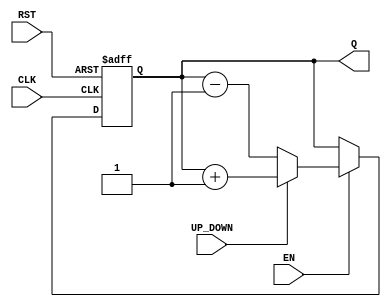
module ChainedParallelCounter #(
    parameter N = 4 // Number of bits in the counter
)(
    input wire CLK,          // Clock signal
    input wire RST,          // Reset signal
    input wire EN,           // Count enable signal
    input wire UP_DOWN,      // Mode control: 1 for up, 0 for down
    output reg [N-1:0] Q     // Counter output
);

// Always block for synchronous reset and counting
always @(posedge CLK or posedge RST) begin
    if (RST) begin
        Q <= 0; // Reset counter to 0
    end else if (EN) begin
        if (UP_DOWN) begin
            Q <= Q + 1; // Count up
        end else begin
            Q <= Q - 1; // Count down
        end
    end
end

endmodule